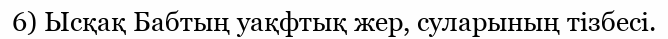
6) Ысқақ Бабтың уақфтық жер, суларының тізбесі.